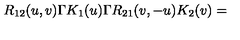
R _ { 1 2 } ( u , v ) \Gamma K _ { 1 } ( u ) \Gamma R _ { 2 1 } ( v , - u ) K _ { 2 } ( v ) =